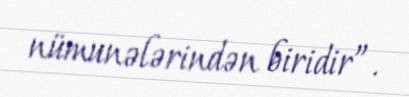
nümunələrindən biridir”.